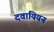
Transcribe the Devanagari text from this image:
दवायियन